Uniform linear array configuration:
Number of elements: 8
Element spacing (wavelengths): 1
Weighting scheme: blackman
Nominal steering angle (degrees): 0
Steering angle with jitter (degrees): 0.4121
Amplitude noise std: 0.05
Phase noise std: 0.05

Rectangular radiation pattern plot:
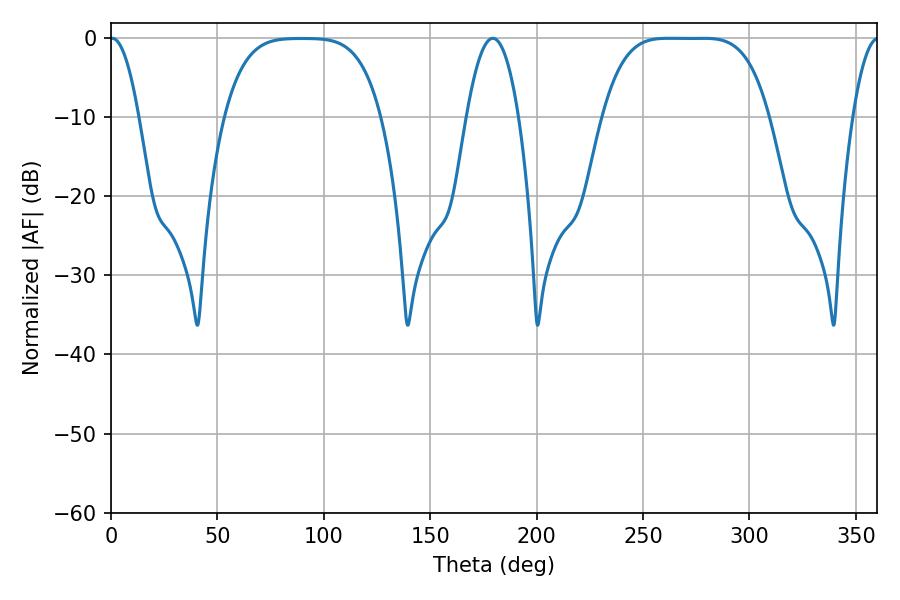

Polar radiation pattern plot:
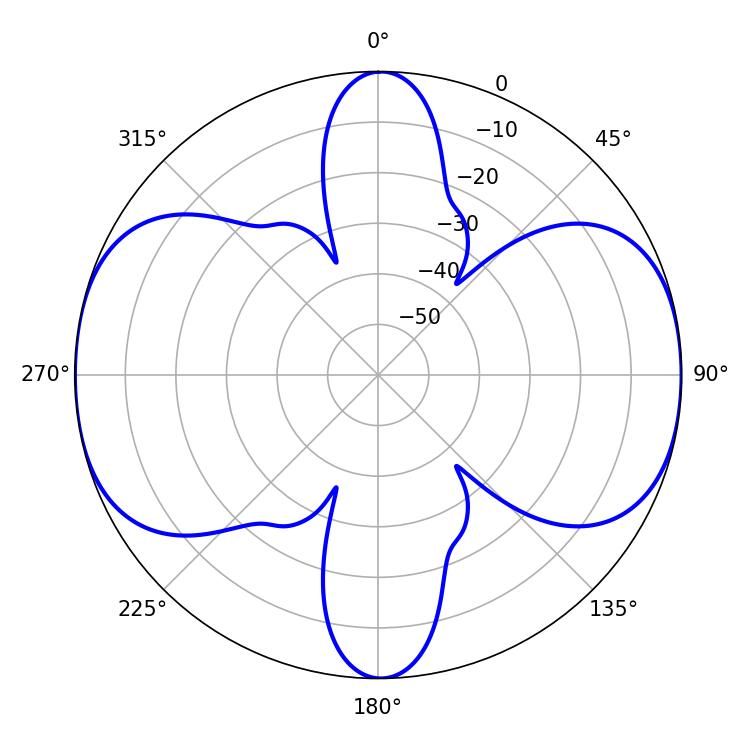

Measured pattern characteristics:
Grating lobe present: TRUE
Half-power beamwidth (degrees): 58.68
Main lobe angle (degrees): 261.9